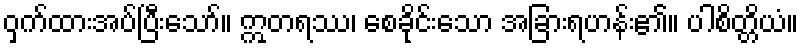
ဝှက်ထားအပ်ပြီးသော်။ ဣတရဿ၊ စေခိုင်းသော အခြားရဟန်း၏။ ပါစိတ္တိယံ။